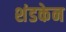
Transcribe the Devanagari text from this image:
शंडकेन